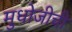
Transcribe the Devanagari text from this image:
मुधोजीची